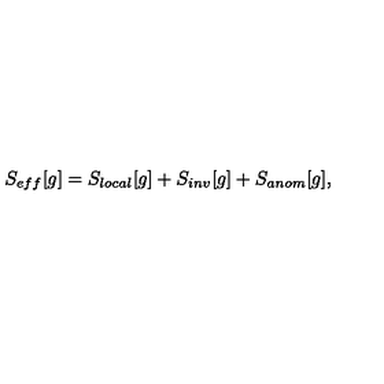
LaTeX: S _ { e f f } [ g ] = S _ { l o c a l } [ g ] + S _ { i n v } [ g ] + S _ { a n o m } [ g ] ,